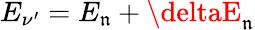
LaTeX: E_{\nu^{\prime}}=E_{\mathfrak{n}}+\deltaE_{\mathfrak{n}}